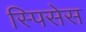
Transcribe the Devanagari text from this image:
स्पिसेस